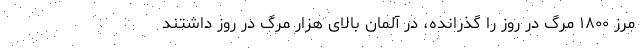
مرز ۱۸۰۰ مرگ در روز را گذرانده، در آلمان بالای هزار مرگ در روز داشتند